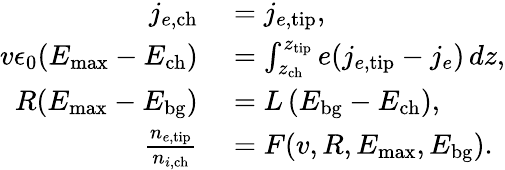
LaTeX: \begin{array}{rl}{j_{e,\mathrm{ch}}}&{{}=j_{e,\mathrm{tip}},}\\ {v\epsilon_{0}(E_{\mathrm{max}}-E_{\mathrm{ch}})}&{{}=\int_{z_{\mathrm{ch}}}^{z_{\mathrm{tip}}}e(j_{e,\mathrm{tip}}-j_{e})\, dz,}\\ {R(E_{\mathrm{max}}-E_{\mathrm{bg}})}&{{}=L\left(E_{\mathrm{bg}}-E_{\mathrm{ch}}\right),}\\ {\frac{n_{e,\mathrm{tip}}}{n_{i,\mathrm{ch}}}}&{{}=F(v,R,E_{\mathrm{max}},E_{\mathrm{bg}}).}\end{array}